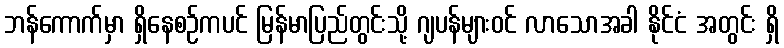
ဘန်ကောက်မှာ ရှိနေစဉ်ကပင် မြန်မာပြည်တွင်းသို့ ဂျပန်များဝင် လာသောအခါ နိုင်ငံ အတွင်း ရှိ